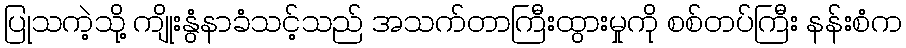
ပြုသကဲ့သို့ ကျိုးနွံနာခံသင့်သည် အသက်တာကြီးထွားမှုကို စစ်တပ်ကြီး နန်းစံက